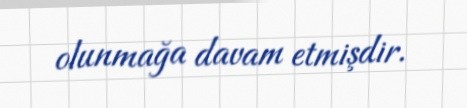
olunmağa davam etmişdir.